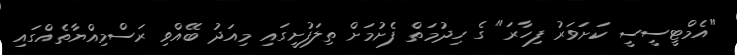
"އެމްޓީސީސީ ކަށަވަރު ފިހާރަ" ގެ ހިދުމަތް ފެށުމަށް ތިލަފުށީގައި މިއަދު ބޭއްވި ރަސްމިއްޔާތެއްގައި